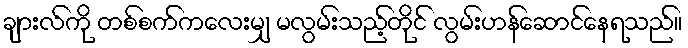
ချားလ်ကို တစ်စက်ကလေးမျှ မလွမ်းသည့်တိုင် လွမ်းဟန်ဆောင်နေရသည်။